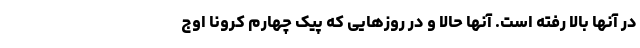
در آنها بالا رفته است. آنها حالا و در روزهایی که پیک چهارم کرونا اوج